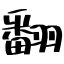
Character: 翻